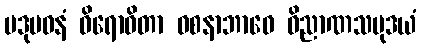
ပဒုမဝနံ ဝိရောဓိတာ ဝစနာဘာဝေ ဝိညာဏသမုဒယံ